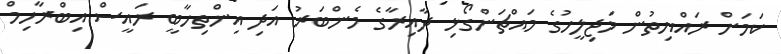
ކަމަށް ރައްޔިތުން މަޖިލީހުގެ މައްޗަންގޯޅި ދާއިރާގެ މެންބަރު އަދި އިންތިހާބީ ރައީސް އިބްރާހިމް